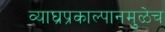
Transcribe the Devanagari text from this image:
व्याघ्रप्रकाल्पानमुळेच